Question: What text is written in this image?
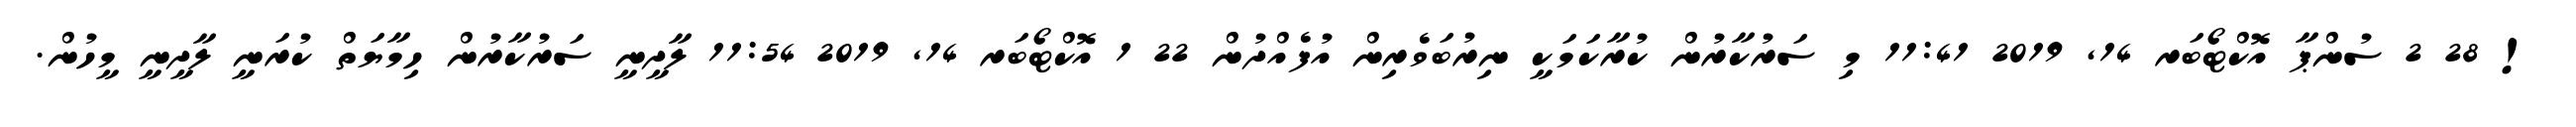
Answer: ! 28 2 ސުންޕާ އޮކްޓޯބަރ 14, 2019 11:41 މި ސަރުކާރުން ކުރާކަމަކީ ނިރުބަވެރިން އުފެއްދުން 22 1 އޮކްޓޯބަރ 14, 2019 11:54 ލާދީނީ ސަރުކާރުން ހިމާޔަތް ކުރަނީ ލާދީނީ މީހުން.